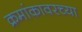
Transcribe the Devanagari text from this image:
क्रमांकावरच्या